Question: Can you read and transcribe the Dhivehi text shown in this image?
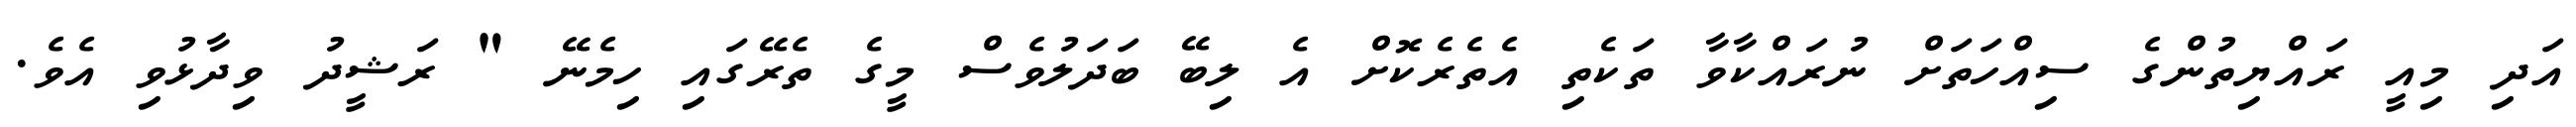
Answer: އަދި މިއީ ރައްޔިތުންގެ ސިއްހަތަށް ނުރައްކާވާ ތަކެތި އެތެރެކޮށް އެ ލިބޭ ބަދަލުވެސް މީގެ ތެރޭގައި ހިމެނޭ " ރަޝީދު ވިދާޅުވި އެވެ.